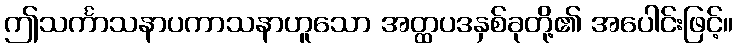
ဤသင်္ကာသနာပကာသနာဟူသော အတ္ထပဒနှစ်ခုတို့၏ အပေါင်းဖြင့်။